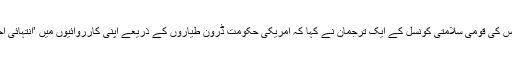
اس بارے میں وائٹ ہاؤس کی قومی سلامتی کونسل کے ایک ترجمان نے کہا کہ امریکی حکومت ڈرون طیاروں کے ذریعے اپنی کارروائیوں میں ’انتہائی احتیاط سے کام لیتی ہے‘۔